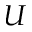
\boldsymbol { U }